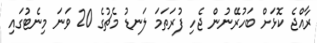
ރާއްޖެ ކޮޅަށް ބަހުރޭނުން ޖެހި ފުރަތަމަ ލަނޑު މެޗުގެ 20 ވަނަ މިނެޓުގައި